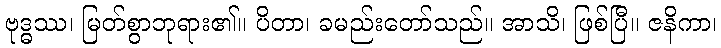
ဗုဒ္ဓဿ၊ မြတ်စွာဘုရား၏။ ပိတာ၊ ခမည်းတော်သည်။ အာသိ၊ ဖြစ်ပြီ။ ဇနိကာ၊